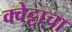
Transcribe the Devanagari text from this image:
क्वेट्टाचा